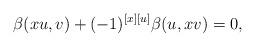
LaTeX: \begin{align*} \beta(xu,v)+(-1)^{[x][u]}\beta(u,xv)=0, \end{align*}